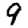
Digit: 9